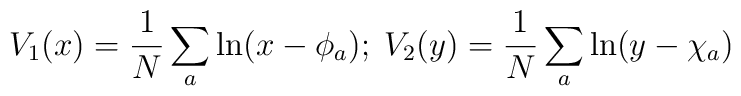
V_1(x) = \frac{1}{N} \sum_a \ln(x-\phi_a) \\;\;V_2(y) = \frac{1}{N} \sum_a \ln(y-\chi_a)